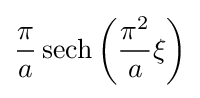
{\frac {\pi }{a}}\operatorname {sech} \left({\frac {\pi ^{2}}{a}}\xi \right)